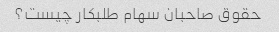
حقوق صاحبان سهام طلبکار چیست؟